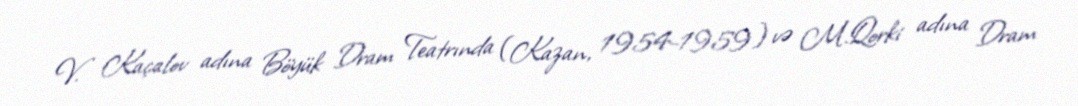
V. Kaçalov adına Böyük Dram Teatrında (Kazan, 1954-1959) və M.Qorki adına Dram